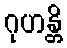
ဂုဟန္တိ